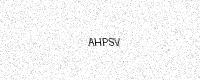
Text: AHPSV